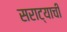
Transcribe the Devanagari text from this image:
सराट्याची